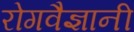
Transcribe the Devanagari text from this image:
रोगवैज्ञानी